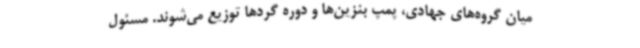
میان گروه‌های جهادی، پمپ بنزین‌ها و دوره گردها توزیع می‌شوند. مسئول